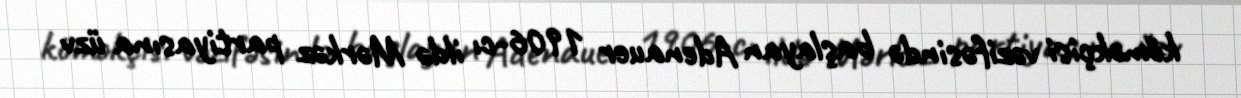
köməkçisi vəzifəsində başlayan Adenauer 1906-cı ildə Mərkəz partiyasına üzv